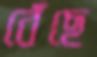
বেঁছে